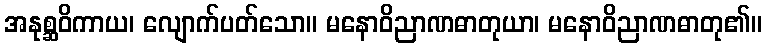
အနုစ္ဆဝိကာယ၊ လျောက်ပတ်သော။ မနောဝိညာဏဓာတုယာ၊ မနောဝိညာဏဓာတု၏။